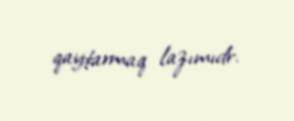
qaytarmaq lazımıdr.